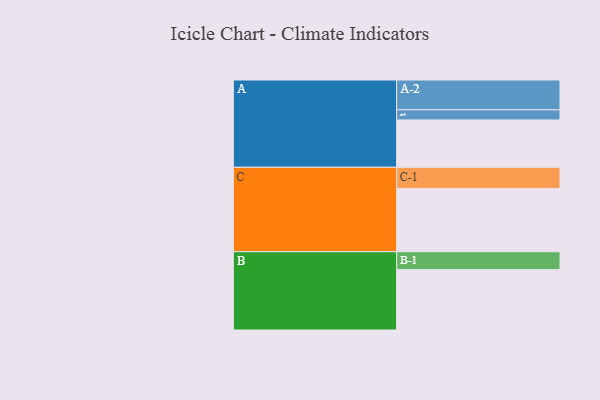
{"axis": {"x": "Segment", "y": "Value"}, "legend": ["", "A", "B", "C"], "data": [{"x": "A", "y": 378, "type": ""}, {"x": "B", "y": 482, "type": ""}, {"x": "C", "y": 505, "type": ""}, {"x": "A-1", "y": 81, "type": "A"}, {"x": "A-2", "y": 238, "type": "A"}, {"x": "B-1", "y": 143, "type": "B"}, {"x": "C-1", "y": 169, "type": "C"}]}